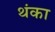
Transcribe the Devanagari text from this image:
थंका